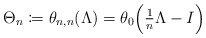
\begin{align*} \Theta_n\coloneqq\theta_{n,n}(\Lambda)=\theta_0\Bigl(\tfrac{1}{n}\Lambda-I\Bigr)\end{align*}